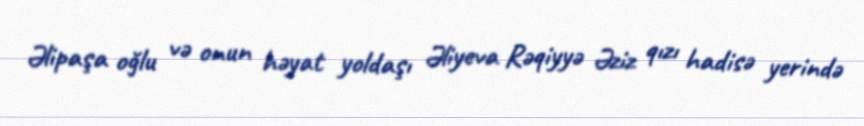
Əlipaşa oğlu və onun həyat yoldaşı Əliyeva Rəqiyyə Əziz qızı hadisə yerində